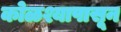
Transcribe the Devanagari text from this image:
कोळश्यापासून